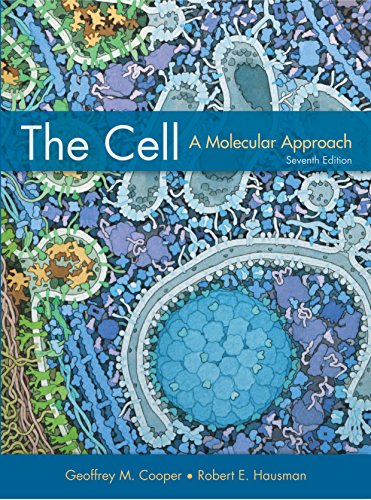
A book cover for The Cell: A Molecular Approach, Seventh Edition; Geoffrey M. Cooper; Medical Books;